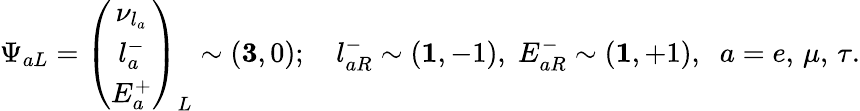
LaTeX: \Psi_{aL}=\left(\begin{array}{c}{{\nu_{l_{a}}}}\\ {{l_{a}^{-}}}\\ {{E_{a}^{+}}}\end{array}\right)_{L}\sim({\mathbf 3},0);\quad l_{aR}^{-}\sim({\mathbf 1},-1),\; E_{aR}^{-}\sim({\mathbf 1},+1),\; \; a=e,\, \mu,\, \tau.